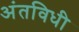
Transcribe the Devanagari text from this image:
अंतविधी